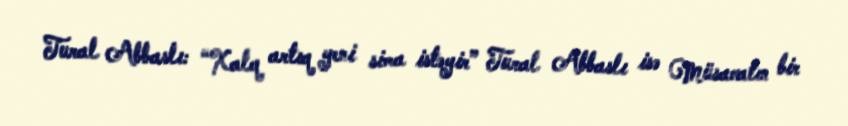
Tural Abbaslı: “Xalq artıq yeni sima istəyir” Tural Abbaslı isə Müsavatın bir